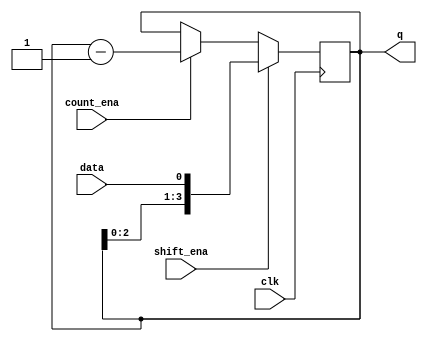
//
//
// https://hdlbits.01xz.net/wiki/Exams/review2015_shiftcount
//
//

`default_nettype none

module top_module (
    input           clk,
    input           shift_ena,
    input           count_ena,
    input           data,
    output  [3:0]   q
);

    reg     [3:0]   counter;

    always @(posedge clk) begin
        if (shift_ena)
            counter <= {counter[2:0], data};
        else if (count_ena)
            counter <= counter - 1'b1;
    end

    assign q = counter;

endmodule